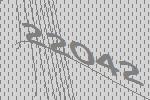
22042